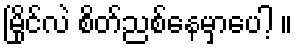
မြိုင်လဲ စိတ်ညစ်နေမှာပေါ့ ။